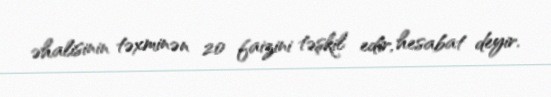
əhalisinin təxminən 20 faizini təşkil edir, hesabat deyir.